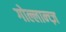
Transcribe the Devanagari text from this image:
गोल्लान्च्ज़